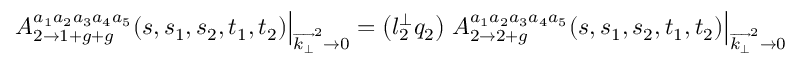
\left. A _ { 2 \rightarrow 1 + g + g } ^ { a _ { 1 } a _ { 2 } a _ { 3 } a _ { 4 } a _ { 5 } } ( s , s _ { 1 } , s _ { 2 } , t _ { 1 } , t _ { 2 } ) \right| _ { \overrightarrow { k _ { \bot } } ^ { 2 } \rightarrow 0 } = \left( l _ { 2 } ^ { \bot } q _ { 2 } \right) \left. A _ { 2 \rightarrow 2 + g } ^ { a _ { 1 } a _ { 2 } a _ { 3 } a _ { 4 } a _ { 5 } } ( s , s _ { 1 } , s _ { 2 } , t _ { 1 } , t _ { 2 } ) \right| _ { \overrightarrow { k _ { \bot } } ^ { 2 } \rightarrow 0 }